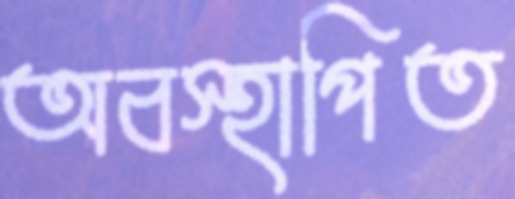
অবস্হাপিত